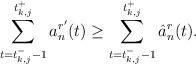
LaTeX: \begin{align*} \sum_{t = t_{k,j}^- -1}^{t_{k,j}^+} a_n^{r'}(t) \geq \sum_{t = t_{k,j}^- -1}^{t_{k,j}^+} \hat{a}_n^r(t).\end{align*}